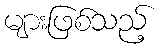
များဖြစ်သည့်